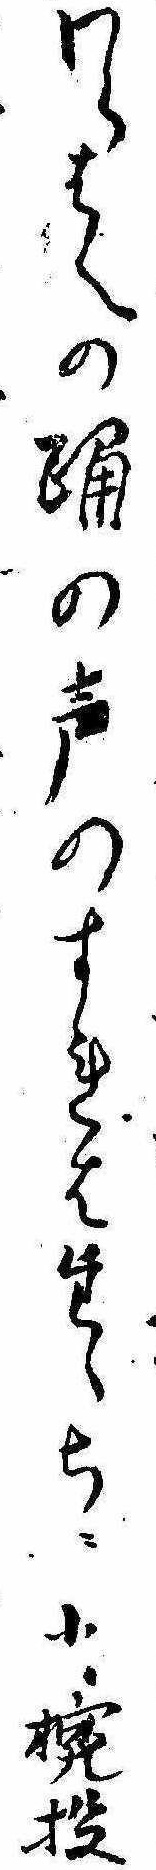
わらはへの踊の声のすれはたゞちに小椀投